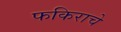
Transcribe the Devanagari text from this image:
फकिराचे